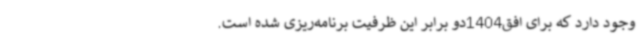
وجود دارد که برای افق1404دو برابر این ظرفیت برنامه‌ریزی شده است.